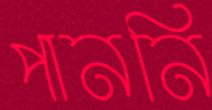
পাননি